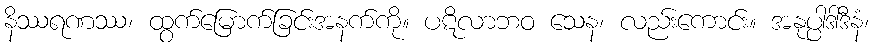
နိဿရဏဿ၊ ထွက်မြောက်ခြင်းအနက်ကို။ ပဋိလာဘဝ သေန၊ လည်းကောင်း။ အနုပ္ပါဒါဒီနံ၊